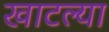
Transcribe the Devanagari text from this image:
खाटल्या